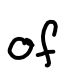
Text: of
Cross-out: clean
Writing tool: digital_black